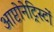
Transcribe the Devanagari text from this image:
आप्टोनेट्रिस्टों